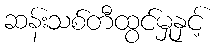
ဆန်းသစ်တီထွင်မှုနှင့်